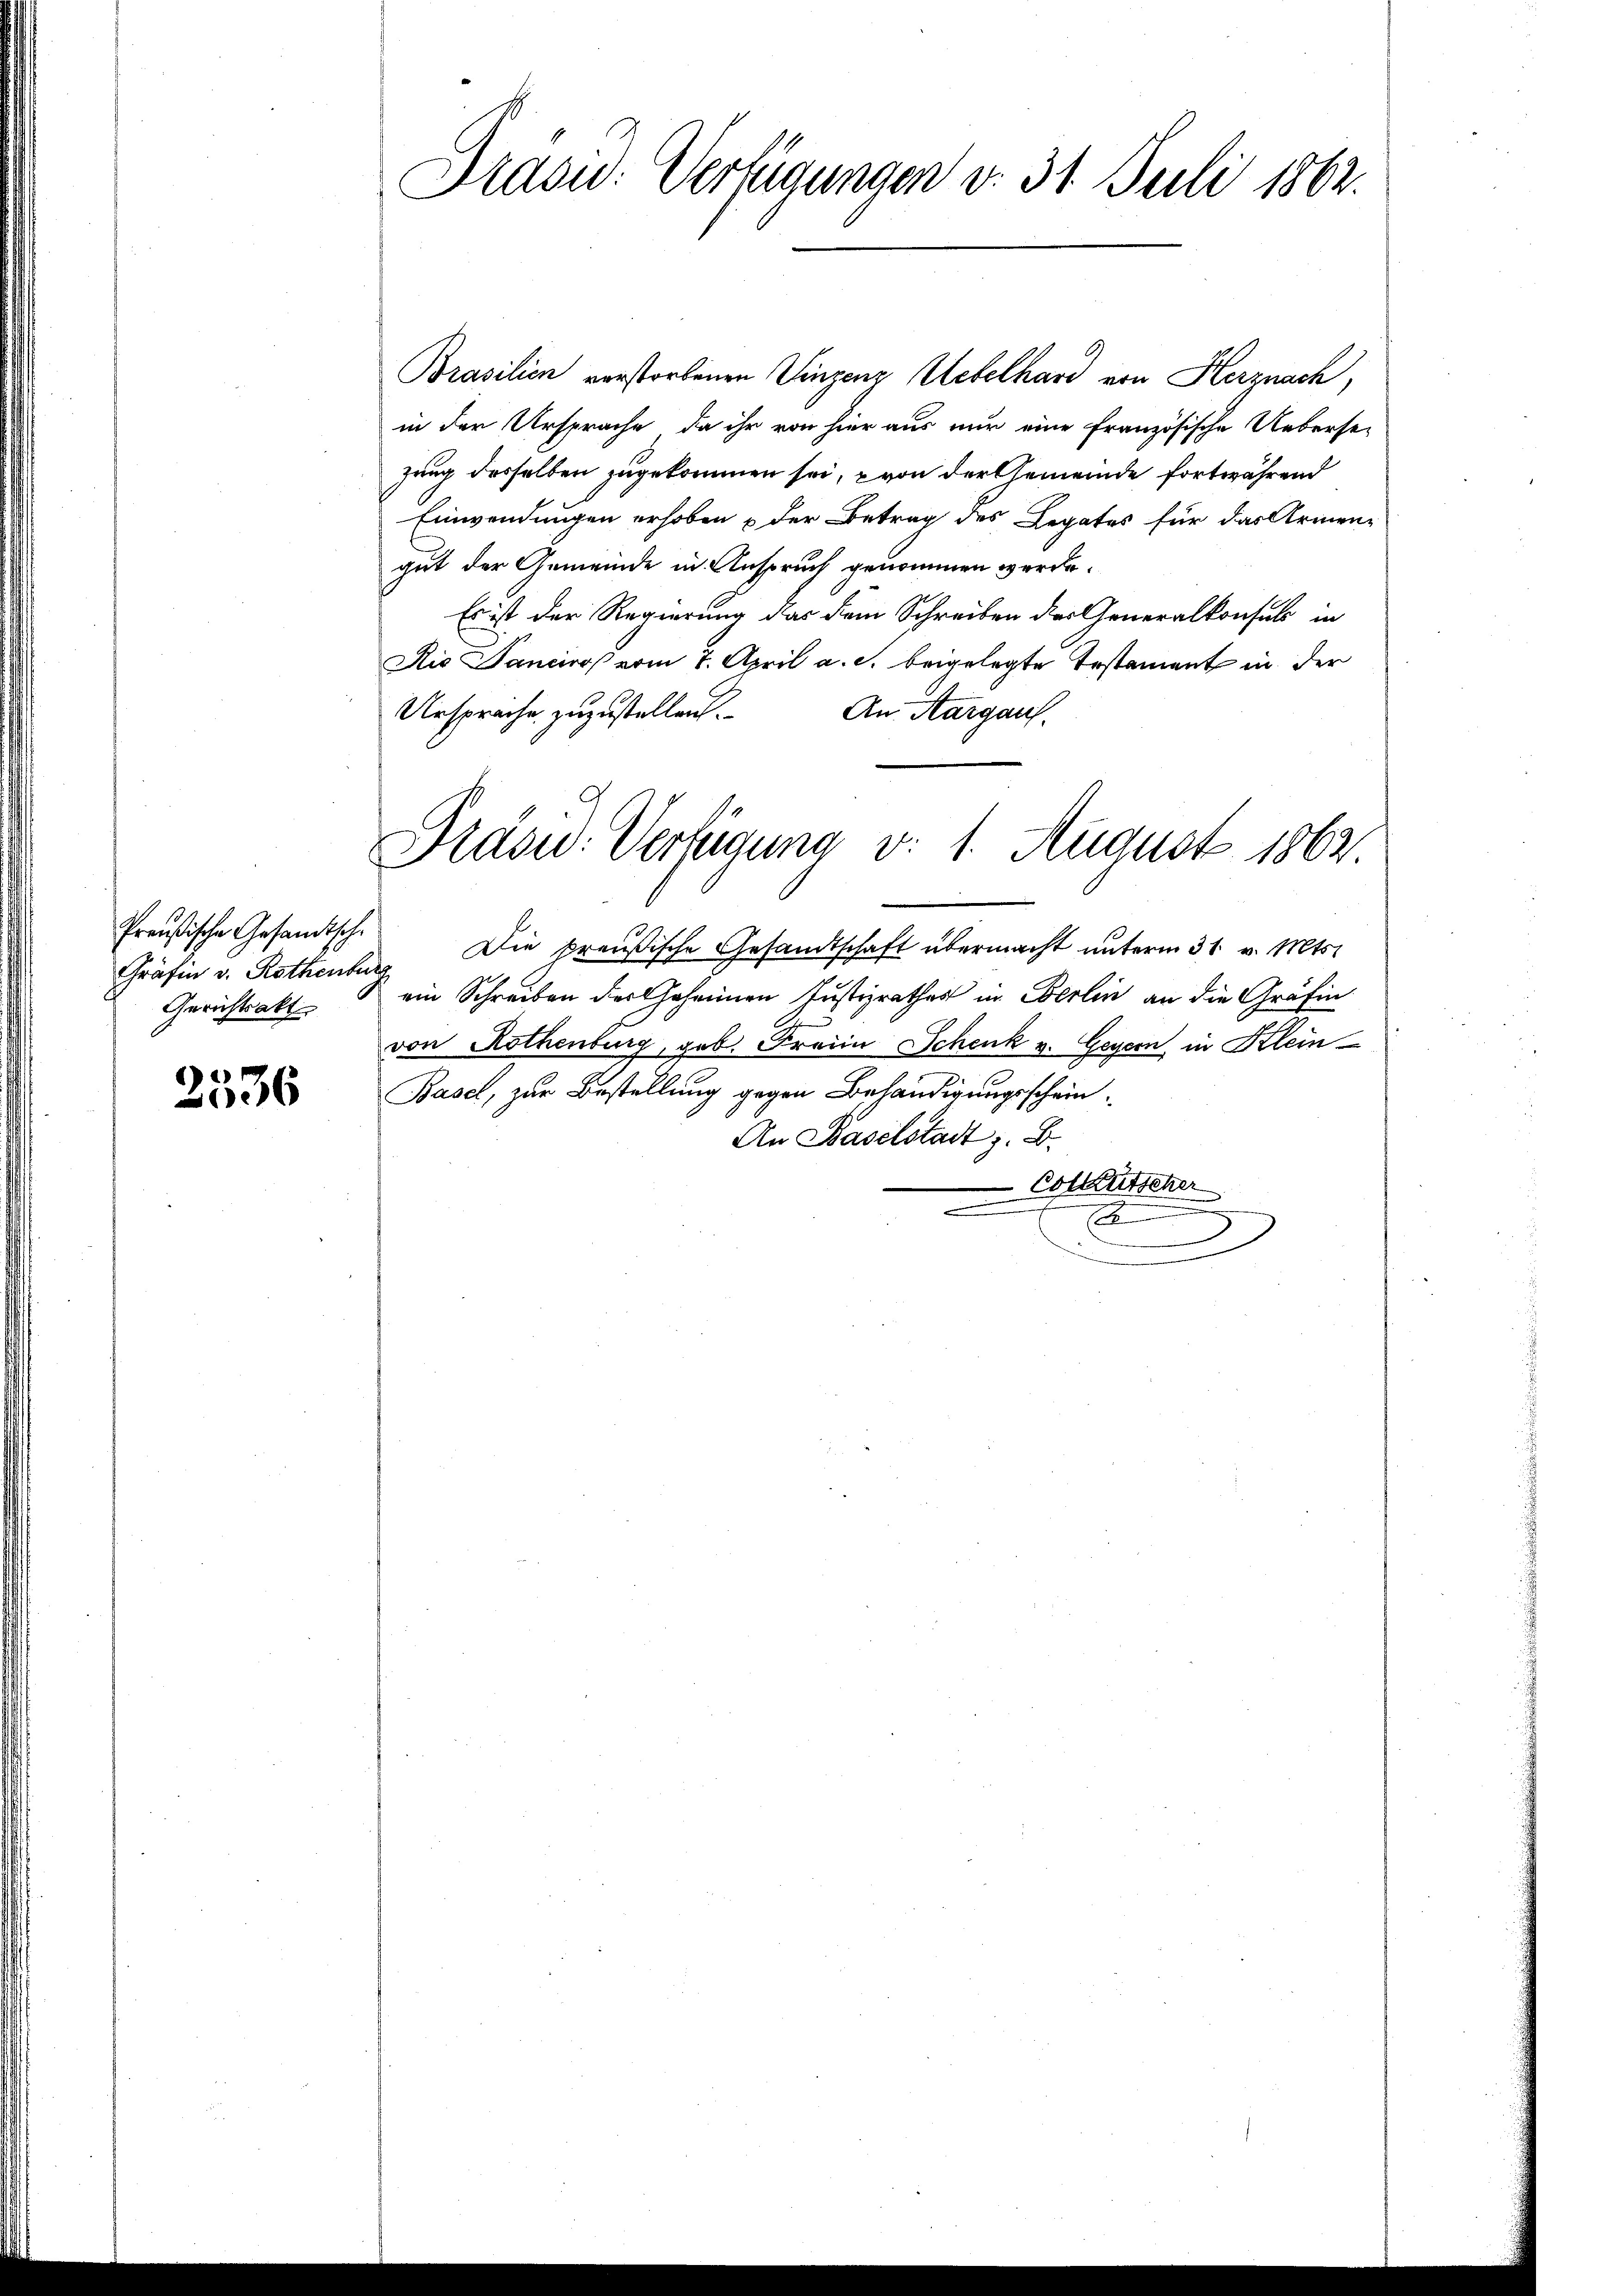
Preußische Gesandtsche
Gräfin v. Rothenburg
Gerichtsakt

2536

Brasi: Verfügungen v. 31. Juli 1862.

Brasilien verstorbenen Vinzenz Uebelhard von Herznach,
in der Ursprache, da ihr von hier aus nur eine Französische Uebersezung desselben zugekommen sei, von der Gemeinde fortwährend
Einwendungen erhoben & der Betrag des Legates für das Armengut der Gemeinde in Anspruch genommen werde.
Es ist der Regierung das dem Schreiben des Generalkonsuls in
Die Danciro vom 7. April a. c. beigelegte Testament in der
Ursprache zuzustellen. An Aargauf
Die preußische Gesandtschaft übermacht unterm 31. v. Mts.
ein Schreiben des Jahrenen Justizrathes in Berlin an die Gräfin
von Rothenburg, geb. Freien Schenk v. Geyern in Klein
Basel, zur Bestellung gegen Behändigungsschein¬
An Baselstadt z. B.
Cotkutscher
x

Prasw. Verfügung v. 1. August 1862.